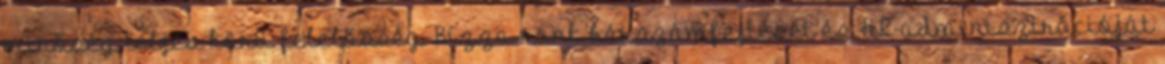
minőség, teljes körű felelősség. Bízza ránk bérszámfejtését és HR-adminisztrációját